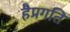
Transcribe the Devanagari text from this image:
हैप्रगति